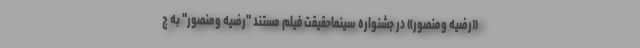
«رضیه ومنصور» در جشنواره سینماحقیقت فیلم مستند "رضیه ومنصور" به چ